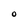
Character: O